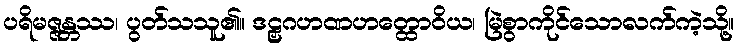
ပရိမဇ္ဇန္တဿ၊ ပွတ်သသူ၏။ ဒဠှဂဟဏဟတ္ထောဝိယ၊ မြဲစွာကိုင်သောလက်ကဲ့သို့။